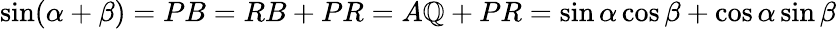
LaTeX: \sin(\alpha+\beta)=PB=RB+PR=A\mathbb{Q}+PR=\sin\alpha\cos\beta+\cos\alpha\sin\beta